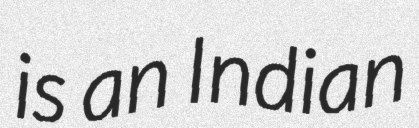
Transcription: is an Indian